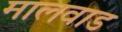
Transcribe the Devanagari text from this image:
मालवाड